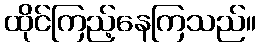
ထိုင်ကြည့်နေကြသည်။